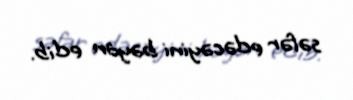
səfər edəcəyini bəyan edib.